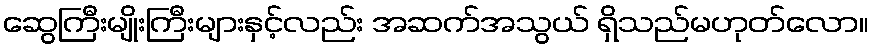
ဆွေကြီးမျိုးကြီးများနှင့်လည်း အဆက်အသွယ် ရှိသည်မဟုတ်လော။